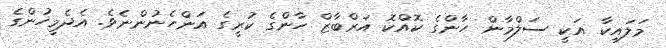
މަލައިކާ އަކީ ސަލްމާން ހާންގެ ކޮއްކޮ އަރްބާޒް ހާންގެ ކުރީގެ އަންހެނުންނެވެ. އެދެމީހުންގެ